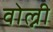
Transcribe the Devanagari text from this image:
वोल्नी